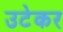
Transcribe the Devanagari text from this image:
उटेकर